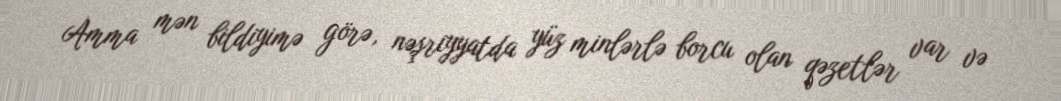
Amma mən bildiyimə görə, nəşriyyatda yüz minlərlə borcu olan qəzetlər var və